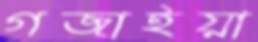
গজাইয়া